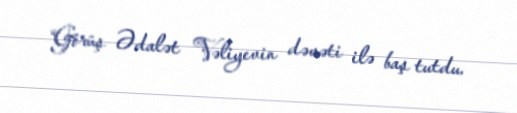
“Görüş Ədalət Vəliyevin dəvəti ilə baş tutdu.